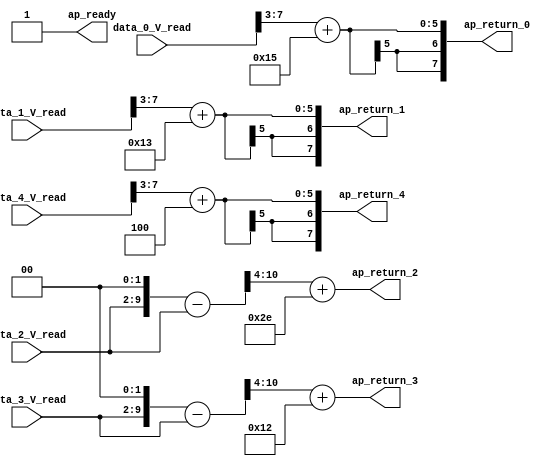
// ==============================================================
// RTL generated by Vivado(TM) HLS - High-Level Synthesis from C, C++ and SystemC
// Version: 2018.2
// Copyright (C) 1986-2018 Xilinx, Inc. All Rights Reserved.
// 
// ===========================================================

`timescale 1 ns / 1 ps 

module normalize_ap_fixed_ap_fixed_config16_0_0_0_0_0_0_0_0_0_0 (
        ap_ready,
        data_0_V_read,
        data_1_V_read,
        data_2_V_read,
        data_3_V_read,
        data_4_V_read,
        ap_return_0,
        ap_return_1,
        ap_return_2,
        ap_return_3,
        ap_return_4
);


output   ap_ready;
input  [7:0] data_0_V_read;
input  [7:0] data_1_V_read;
input  [7:0] data_2_V_read;
input  [7:0] data_3_V_read;
input  [7:0] data_4_V_read;
output  [7:0] ap_return_0;
output  [7:0] ap_return_1;
output  [7:0] ap_return_2;
output  [7:0] ap_return_3;
output  [7:0] ap_return_4;

wire   [4:0] tmp_s_fu_90_p4;
wire  signed [5:0] p_Val2_7_cast_fu_100_p1;
wire   [5:0] res_0_V_write_assign_fu_104_p2;
wire   [4:0] tmp_414_fu_114_p4;
wire  signed [5:0] p_Val2_7_1_cast_fu_124_p1;
wire   [5:0] res_1_V_write_assign_fu_128_p2;
wire  signed [7:0] OP1_V_2_cast3_fu_138_p0;
wire  signed [7:0] p_shl1_fu_142_p1;
wire   [9:0] p_shl1_fu_142_p3;
wire  signed [10:0] p_shl1_cast_fu_150_p1;
wire  signed [10:0] OP1_V_2_cast3_fu_138_p1;
wire   [10:0] p_Val2_2_fu_154_p2;
wire   [6:0] tmp_415_fu_160_p4;
wire  signed [7:0] tmp_416_fu_170_p1;
wire  signed [7:0] OP1_V_3_cast2_fu_180_p0;
wire  signed [7:0] p_shl_fu_184_p1;
wire   [9:0] p_shl_fu_184_p3;
wire  signed [10:0] p_shl_cast_fu_192_p1;
wire  signed [10:0] OP1_V_3_cast2_fu_180_p1;
wire   [10:0] p_Val2_3_fu_196_p2;
wire   [6:0] tmp_417_fu_202_p4;
wire  signed [7:0] tmp_418_fu_212_p1;
wire   [4:0] tmp_419_fu_222_p4;
wire  signed [5:0] p_Val2_7_4_cast_fu_232_p1;
wire   [5:0] res_4_V_write_assign_fu_236_p2;
wire  signed [7:0] res_0_V_write_assign_cast_fu_110_p1;
wire  signed [7:0] res_1_V_write_assign_cast_fu_134_p1;
wire   [7:0] res_2_V_write_assign_fu_174_p2;
wire   [7:0] res_3_V_write_assign_fu_216_p2;
wire  signed [7:0] res_4_V_write_assign_cast_fu_242_p1;

assign OP1_V_2_cast3_fu_138_p0 = data_2_V_read;

assign OP1_V_2_cast3_fu_138_p1 = OP1_V_2_cast3_fu_138_p0;

assign OP1_V_3_cast2_fu_180_p0 = data_3_V_read;

assign OP1_V_3_cast2_fu_180_p1 = OP1_V_3_cast2_fu_180_p0;

assign ap_ready = 1'b1;

assign ap_return_0 = res_0_V_write_assign_cast_fu_110_p1;

assign ap_return_1 = res_1_V_write_assign_cast_fu_134_p1;

assign ap_return_2 = res_2_V_write_assign_fu_174_p2;

assign ap_return_3 = res_3_V_write_assign_fu_216_p2;

assign ap_return_4 = res_4_V_write_assign_cast_fu_242_p1;

assign p_Val2_2_fu_154_p2 = ($signed(p_shl1_cast_fu_150_p1) - $signed(OP1_V_2_cast3_fu_138_p1));

assign p_Val2_3_fu_196_p2 = ($signed(p_shl_cast_fu_192_p1) - $signed(OP1_V_3_cast2_fu_180_p1));

assign p_Val2_7_1_cast_fu_124_p1 = $signed(tmp_414_fu_114_p4);

assign p_Val2_7_4_cast_fu_232_p1 = $signed(tmp_419_fu_222_p4);

assign p_Val2_7_cast_fu_100_p1 = $signed(tmp_s_fu_90_p4);

assign p_shl1_cast_fu_150_p1 = $signed(p_shl1_fu_142_p3);

assign p_shl1_fu_142_p1 = data_2_V_read;

assign p_shl1_fu_142_p3 = {{p_shl1_fu_142_p1}, {2'd0}};

assign p_shl_cast_fu_192_p1 = $signed(p_shl_fu_184_p3);

assign p_shl_fu_184_p1 = data_3_V_read;

assign p_shl_fu_184_p3 = {{p_shl_fu_184_p1}, {2'd0}};

assign res_0_V_write_assign_cast_fu_110_p1 = $signed(res_0_V_write_assign_fu_104_p2);

assign res_0_V_write_assign_fu_104_p2 = ($signed(p_Val2_7_cast_fu_100_p1) + $signed(6'd53));

assign res_1_V_write_assign_cast_fu_134_p1 = $signed(res_1_V_write_assign_fu_128_p2);

assign res_1_V_write_assign_fu_128_p2 = ($signed(p_Val2_7_1_cast_fu_124_p1) + $signed(6'd51));

assign res_2_V_write_assign_fu_174_p2 = ($signed(tmp_416_fu_170_p1) + $signed(8'd238));

assign res_3_V_write_assign_fu_216_p2 = ($signed(tmp_418_fu_212_p1) + $signed(8'd242));

assign res_4_V_write_assign_cast_fu_242_p1 = $signed(res_4_V_write_assign_fu_236_p2);

assign res_4_V_write_assign_fu_236_p2 = ($signed(p_Val2_7_4_cast_fu_232_p1) + $signed(6'd60));

assign tmp_414_fu_114_p4 = {{data_1_V_read[7:3]}};

assign tmp_415_fu_160_p4 = {{p_Val2_2_fu_154_p2[10:4]}};

assign tmp_416_fu_170_p1 = $signed(tmp_415_fu_160_p4);

assign tmp_417_fu_202_p4 = {{p_Val2_3_fu_196_p2[10:4]}};

assign tmp_418_fu_212_p1 = $signed(tmp_417_fu_202_p4);

assign tmp_419_fu_222_p4 = {{data_4_V_read[7:3]}};

assign tmp_s_fu_90_p4 = {{data_0_V_read[7:3]}};

endmodule //normalize_ap_fixed_ap_fixed_config16_0_0_0_0_0_0_0_0_0_0